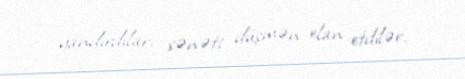
yandırdılar, sənəti düşmən elan etdilər.